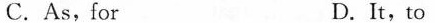
C.As,for D.It,to